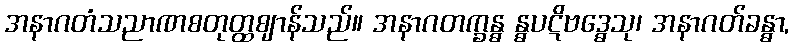
အနာဂတံသညာဏစတုတ္ထဈာန်သည်။ အနာဂတက္ခန္ဓ န္ဓပဋိဗဒ္ဓေသု၊ အနာဂတ်ခန္ဓာ,